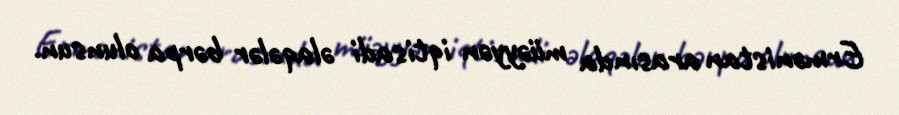
Ermənistan arasında müəyyən iqtisadi əlaqələr bərpa olunsun.